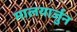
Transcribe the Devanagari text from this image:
मालयार्जुन